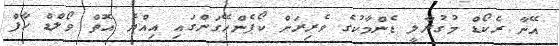
އޭނާ ރެކޯޑް މުގުރާލީ ޑެންމާކުގެ ވެރިރަށް ކޯޕެންހޭގަންގައި އިއްޔެ އޮތް ވޯލްޑް ހާފް